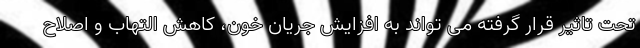
تحت تاثیر قرار گرفته می تواند به افزایش جریان خون، کاهش التهاب و اصلاح